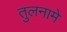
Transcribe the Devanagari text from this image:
तुलनामे